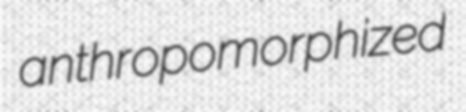
anthropomorphized